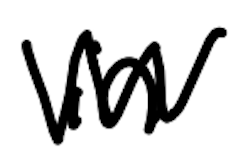
Text: in
Cross-out: zig-zag
Writing tool: digital_black